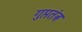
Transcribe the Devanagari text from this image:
गुप्ततंत्र